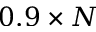
0 . 9 \times N